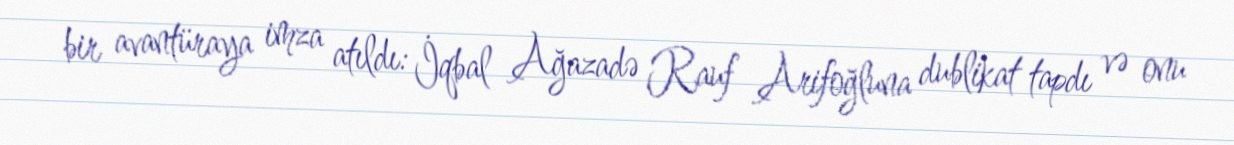
bir avantüraya imza atıldı: İqbal Ağazadə Rauf Arifoğluna dublikat tapdı və onu